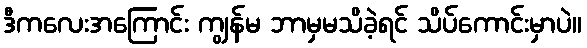
ဒီကလေးအကြောင်း ကျွန်မ ဘာမှမသိခဲ့ရင် သိပ်ကောင်းမှာပဲ။